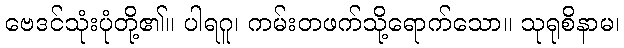
ဗေဒင်သုံးပုံတို့၏။ ပါရဂူ၊ ကမ်းတဖက်သို့ရောက်သော။ သုရုစိနာမ၊